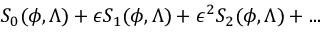
S _ { 0 } ( \phi , \Lambda ) + \epsilon S _ { 1 } ( \phi , \Lambda ) + \epsilon ^ { 2 } S _ { 2 } ( \phi , \Lambda ) + . . .